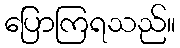
ပြောကြရသည်။